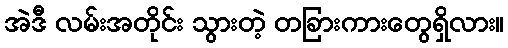
အဲဒီ လမ်းအတိုင်း သွားတဲ့ တခြားကားတွေရှိလား။